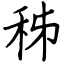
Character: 秭